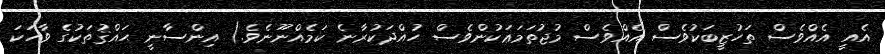
އެއީ އެއްވެސް ތަހުޒީބަކުވެސް އެއްވެސް މުޖުތަމަޢަކުންވެސް ހުއްދަކުރާނެ ކަމެއްނޫނެވެ.) އިންސާނީ ޙައްޤުތަކުގެ ވާހަކަ